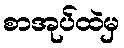
စာအုပ်ထဲမှ